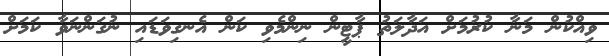
ވިއްކުން މަނާ ކުރުމަށް އަދާލަތު ޕާޓީން ނިންމެވި ކަން އެނގިވަޑައި ނުގަންނަވާ ކަމަށް